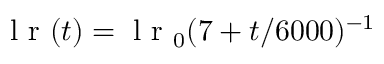
\mathrm { ~ l ~ r ~ } ( t ) = \mathrm { ~ l ~ r ~ } _ { 0 } ( 7 + t / 6 0 0 0 ) ^ { - 1 }